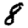
Digit: 8